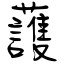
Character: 䕶